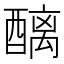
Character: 醨